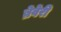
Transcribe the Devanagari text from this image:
ब्रेवेरी